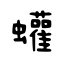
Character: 蠸